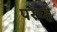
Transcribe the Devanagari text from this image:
परच्हैं